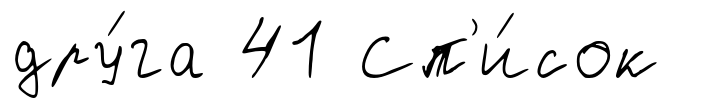
дру́га 41 Сп'и́сок